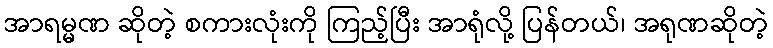
အာရမ္မဏ ဆိုတဲ့ စကားလုံးကို ကြည့်ပြီး အာရုံလို့ ပြန်တယ်၊ အရုဏဆိုတဲ့